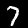
Label: 7